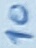
Text: 10